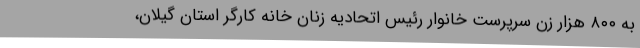
به ۸۰۰ هزار زن سرپرست خانوار رئیس اتحادیه زنان خانه کارگر استان گیلان،